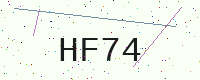
Text: HF74